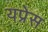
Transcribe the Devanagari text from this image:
यप्रेस